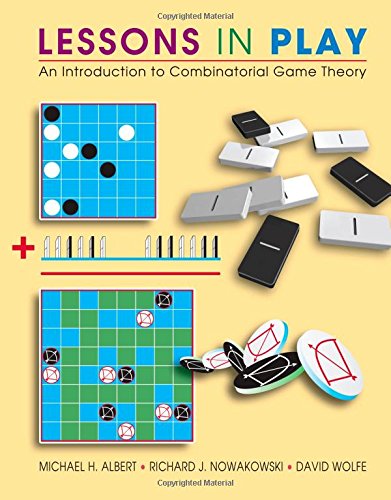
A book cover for Lessons in Play: An Introduction to Combinatorial Game Theory; Michael H. Albert; Science & Math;